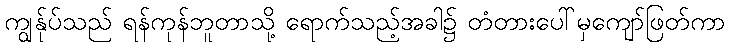
ကျွန်ုပ်သည် ရန်ကုန်ဘူတာသို့ ရောက်သည့်အခါ၌ တံတားပေါ်မှကျော်ဖြတ်ကာ